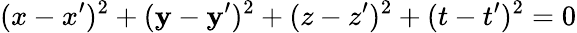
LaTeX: (x-x^{\prime})^{2}+(\mathbf{y}-\mathbf{y}^{\prime})^{2}+(z-z^{\prime})^{2}+(t-t^{\prime})^{2}=0